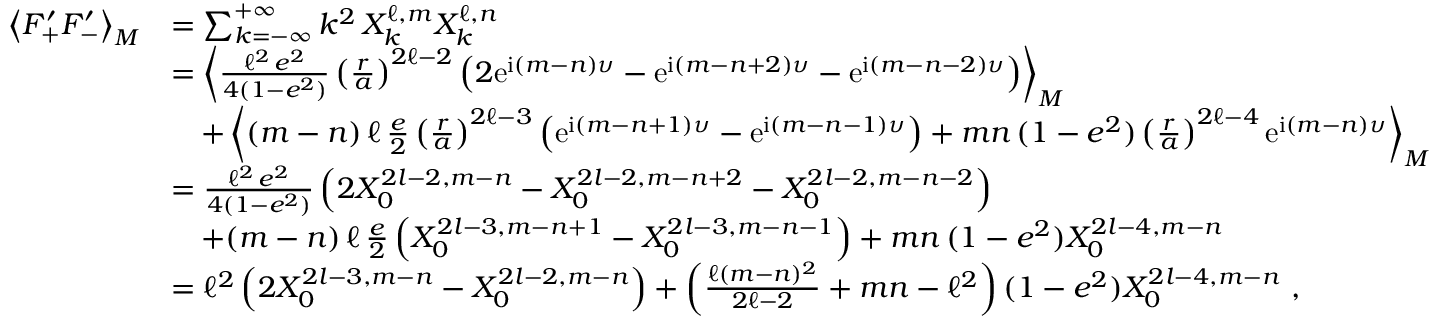
\begin{array} { r l } { \left\langle F _ { + } ^ { \prime } F _ { - } ^ { \prime } \right\rangle _ { M } } & { = \sum _ { k = - \infty } ^ { + \infty } k ^ { 2 } \, X _ { k } ^ { \ell , m } X _ { k } ^ { \ell , n } } \\ & { = \left\langle \frac { \ell ^ { 2 } \, e ^ { 2 } } { 4 ( 1 - e ^ { 2 } ) } \left( \frac { r } { a } \right) ^ { 2 \ell - 2 } \left( 2 \mathrm { e } ^ { \mathrm { i } ( m - n ) \upsilon } - \mathrm { e } ^ { \mathrm { i } ( m - n + 2 ) \upsilon } - \mathrm { e } ^ { \mathrm { i } ( m - n - 2 ) \upsilon } \right) \right\rangle _ { M } } \\ & { \quad + \left\langle ( m - n ) \, \ell \, \frac { e } { 2 } \left( \frac { r } { a } \right) ^ { 2 \ell - 3 } \left( \mathrm { e } ^ { \mathrm { i } ( m - n + 1 ) \upsilon } - \mathrm { e } ^ { \mathrm { i } ( m - n - 1 ) \upsilon } \right) + m n \, ( 1 - e ^ { 2 } ) \left( \frac { r } { a } \right) ^ { 2 \ell - 4 } \mathrm { e } ^ { \mathrm { i } ( m - n ) \upsilon } \right\rangle _ { M } } \\ & { = \frac { \ell ^ { 2 } \, e ^ { 2 } } { 4 ( 1 - e ^ { 2 } ) } \left( 2 X _ { 0 } ^ { 2 l - 2 , m - n } - X _ { 0 } ^ { 2 l - 2 , m - n + 2 } - X _ { 0 } ^ { 2 l - 2 , m - n - 2 } \right) } \\ & { \quad + ( m - n ) \, \ell \, \frac { e } { 2 } \left( X _ { 0 } ^ { 2 l - 3 , m - n + 1 } - X _ { 0 } ^ { 2 l - 3 , m - n - 1 } \right) + m n \, ( 1 - e ^ { 2 } ) X _ { 0 } ^ { 2 l - 4 , m - n } } \\ & { = \ell ^ { 2 } \left( 2 X _ { 0 } ^ { 2 l - 3 , m - n } - X _ { 0 } ^ { 2 l - 2 , m - n } \right) + \left( \frac { \ell ( m - n ) ^ { 2 } } { 2 \ell - 2 } + m n - \ell ^ { 2 } \right) ( 1 - e ^ { 2 } ) X _ { 0 } ^ { 2 l - 4 , m - n } \ , } \end{array}